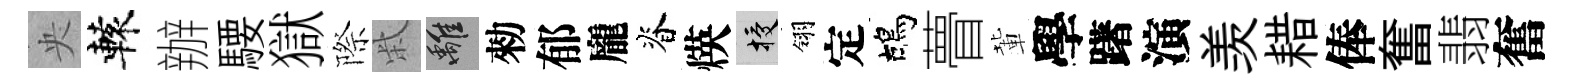
央轅辦騕獄際柴離勑郁龐脊煐授翎定鴣瞢輩學躇演羡耤俸奮翡奮